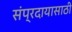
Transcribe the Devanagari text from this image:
संप्रदायासाठी